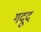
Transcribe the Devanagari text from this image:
गदूद